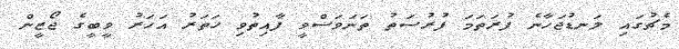
މެޗުގައި ލަނޑުޖަހާނެ ފުރަތަމަ ފުރުސަތު ތަނަވަސްވީ ފާއިތުވި ހަތަރު އަހަރު ވީބީގެ ޖޯޒީން